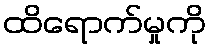
ထိရောက်မှုကို